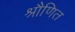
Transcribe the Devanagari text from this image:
श्रौणित